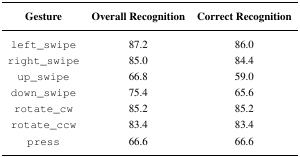
<table><thead><tr><td><b>Gesture</b></td><td><b>Overall Recognition</b></td><td><b>Correct Recognition</b></td></tr></thead><tbody><tr><td>left_swipe</td><td>87.2</td><td>86.0</td></tr><tr><td>right_swipe</td><td>85.0</td><td>84.4</td></tr><tr><td>up_swipe</td><td>66.8</td><td>59.0</td></tr><tr><td>down_swipe</td><td>75.4</td><td>65.6</td></tr><tr><td>rotate_cw</td><td>85.2</td><td>85.2</td></tr><tr><td>rotate_ccw</td><td>83.4</td><td>83.4</td></tr><tr><td>press</td><td>66.6</td><td>66.6</td></tr></tbody></table>